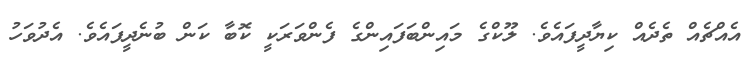
އެއްޗެއް ތެދެއް ކިޔާދީފައެވެ. ލޫކްގެ މައިންބަފައިންގެ ފެންވަރަކީ ކޮބާ ކަން ބުނެދީފައެވެ. އެދުވަހު